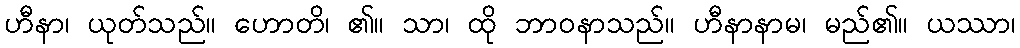
ဟီနာ၊ ယုတ်သည်။ ဟောတိ၊ ၏။ သာ၊ ထို ဘာဝနာသည်။ ဟီနာနာမ၊ မည်၏။ ယဿာ၊